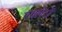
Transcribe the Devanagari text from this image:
एथलेटों